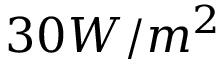
3 0 W / m ^ { 2 }